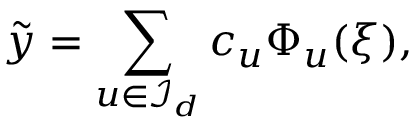
\tilde { y } = \sum _ { { \boldsymbol { u } } \in { \mathcal { I } } _ { d } } c _ { { \boldsymbol { u } } } \Phi _ { \boldsymbol { u } } ( { \boldsymbol { \xi } } ) ,